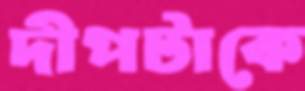
দীপটাকে